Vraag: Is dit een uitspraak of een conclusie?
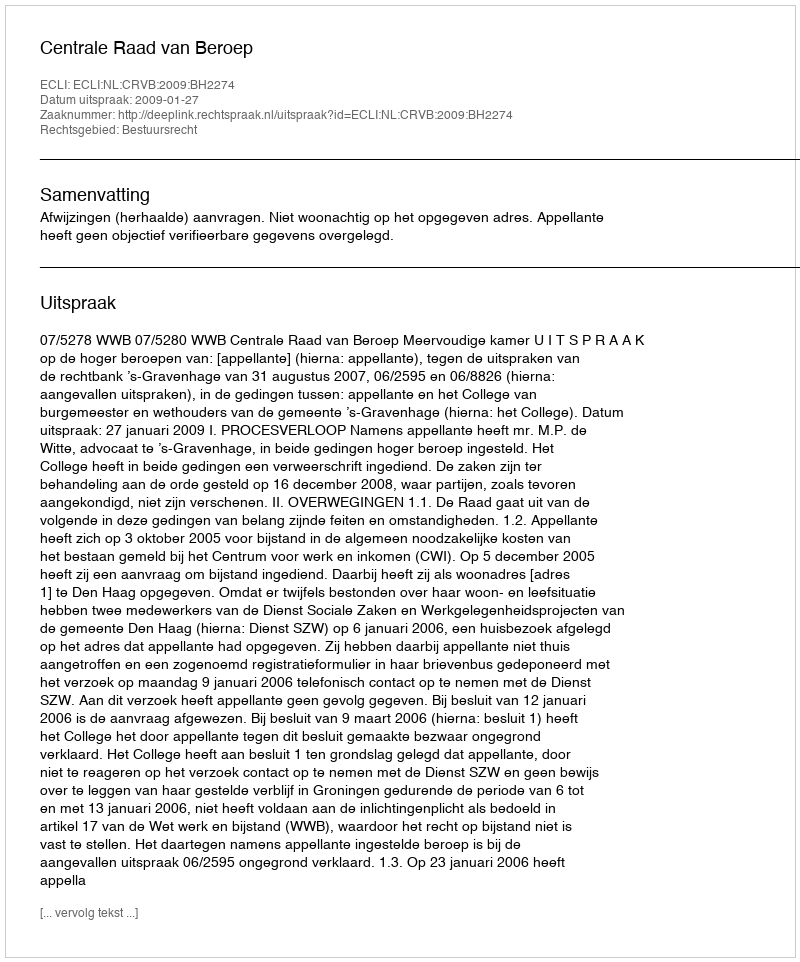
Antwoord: Uitspraak